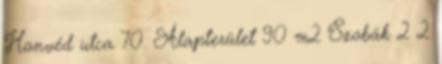
Honvéd utca 70. Alapterület 90 m2 Szobák 2 2